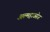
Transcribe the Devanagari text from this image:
अल्महाउसेज